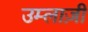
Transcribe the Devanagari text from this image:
उम्लाज़ी